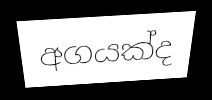
අගයක්ද